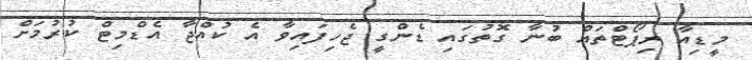
މީޑިއާ ރިޕޯޓްތައް ބުނާ ގޮތުގައި ޑެންގީ ޖެހިފައިވާ އެ ކުއްޖާ އެޑްމިޓް ކުރުމަށް